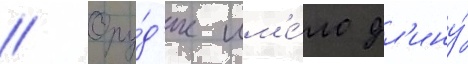
// Ору́д'ие им'е́ло дл'ину́